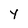
Character: y